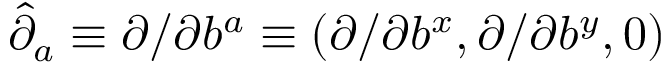
\hat { \partial } _ { a } \equiv \partial / \partial b ^ { a } \equiv ( \partial / \partial b ^ { x } , \partial / \partial b ^ { y } , 0 )